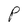
Character: P